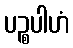
ပဉ္စပါဟံ